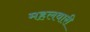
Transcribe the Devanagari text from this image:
महलवारी